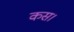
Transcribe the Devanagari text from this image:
कस।